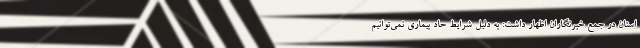
استان در جمع خبرنگاران اظهار داشت: به دلیل شرایط حاد بیماری نمی‌توانیم